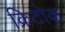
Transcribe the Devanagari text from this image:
क्रिटोक